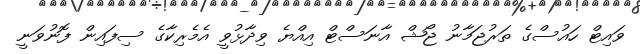
ވައިޓް ހައުސްގެ ތަރުޖަމާނު ޖޯޝް އާނަސްޓް އިއްޔެ ވިދާޅުވީ އެމެރިކާގެ ސިފައިން ފޮނުވަނީ